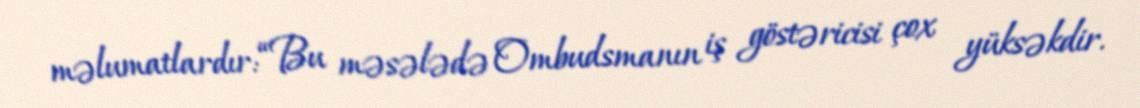
məlumatlardır: “Bu məsələdə Ombudsmanın iş göstəricisi çox yüksəkdir.